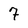
Character: 7